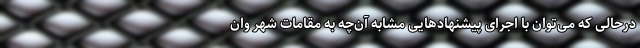
درحالی که می‌توان با اجرای پیشنهادهایی مشابه آن‌چه به مقامات شهر وان